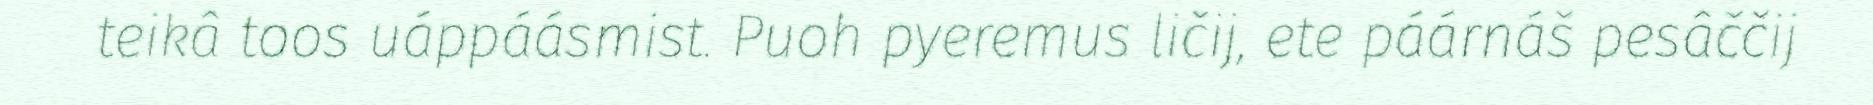
teikâ toos uáppáásmist. Puoh pyeremus ličij, ete páárnáš pesâččij